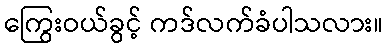
ကြွေးဝယ်ခွင့် ကဒ်လက်ခံပါသလား။